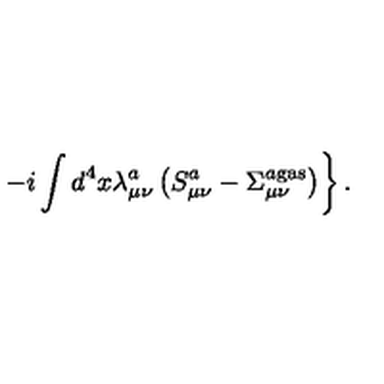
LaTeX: \left. - i \int d ^ { 4 } x \lambda _ { \mu \nu } ^ { a } \left( S _ { \mu \nu } ^ { a } - \Sigma _ { \mu \nu } ^ { a { } \mathrm { g a s } } \right) \right\} .